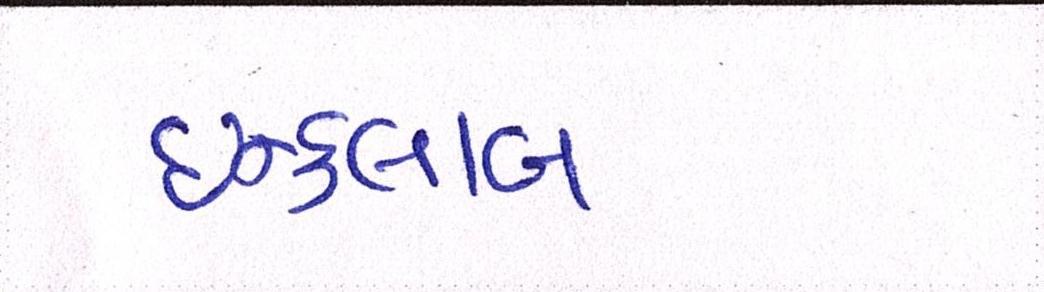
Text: ઇન્કાલાબ